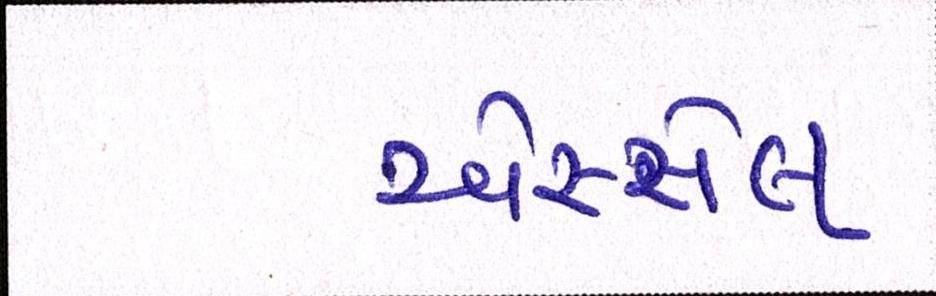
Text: એસ્સેલ